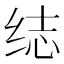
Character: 𬘨